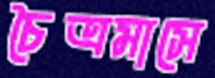
চৈত্রমাসে